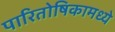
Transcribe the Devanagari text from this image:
पारितोषिकामध्ये